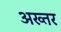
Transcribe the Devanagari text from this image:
अख्‍तर